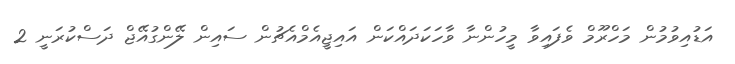
އަޑުއިވުމުން މަހްރޫމް ވެފައިވާ މީހުންނާ ވާހަކަދައްކަން އައިޖީއެމްއެޗުން ސައިން ލޭންގުއޭޖް ދަސްކުރަނީ 2